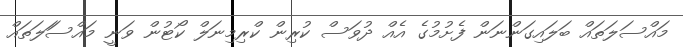
މައްސަލަތައް ބަލައިގަންނަން ފެށުމުގެ އެއް ދުވަސް ކުރިން ކްރިމިނަލް ކޯޓުން ވަނީ މައްސަަލަތައް